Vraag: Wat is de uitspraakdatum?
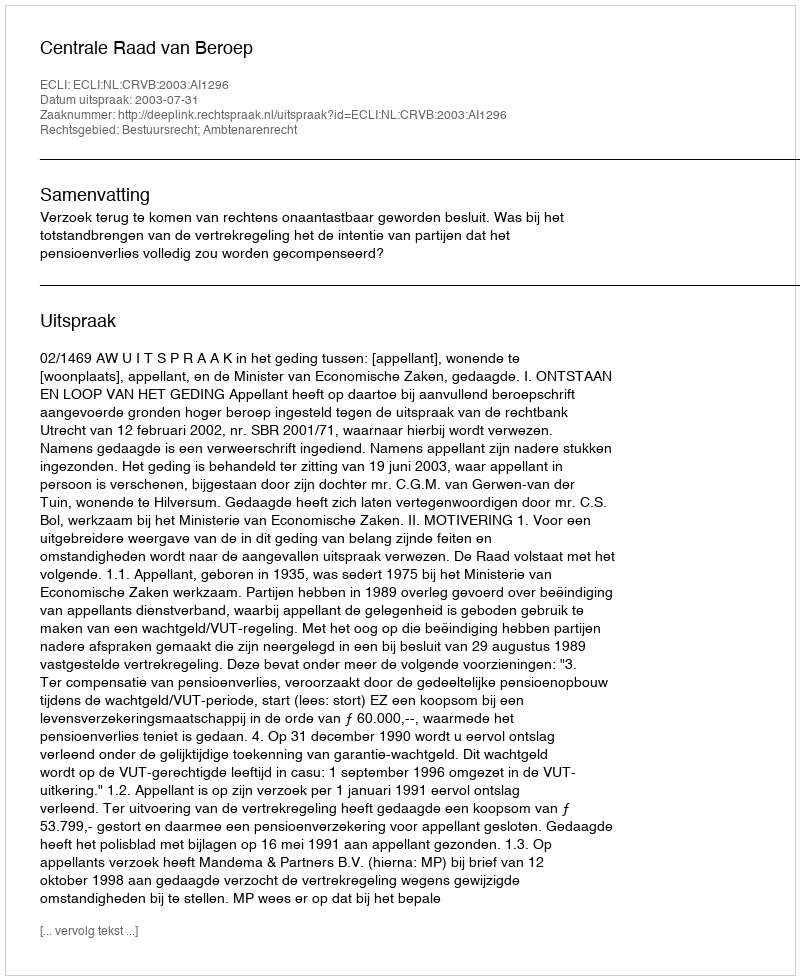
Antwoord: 2003-07-31